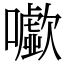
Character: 𡃧